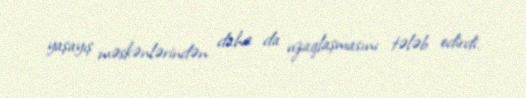
yaşayış məskənlərindən daha da uzaqlaşmasını tələb edirdi.